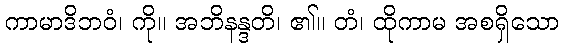
ကာမာဒိဘဝံ၊ ကို။ အဘိနန္ဒတိ၊ ၏။ တံ၊ ထိုကာမ အစရှိသော